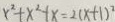
x ^ { 2 } + x ^ { 2 } + x = 2 ( x + 1 ) ^ { 2 }